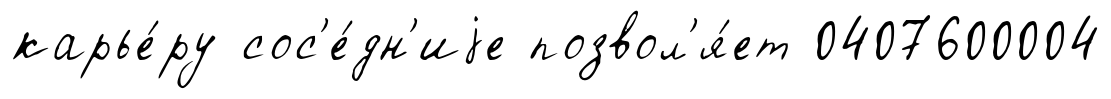
карье́ру сос'е́дн'иjе позвол'я́ет 0407600004